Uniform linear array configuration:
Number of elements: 8
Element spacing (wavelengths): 0.75
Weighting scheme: exponential
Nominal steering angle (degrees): -45
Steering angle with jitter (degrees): -46.116
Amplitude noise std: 0.05
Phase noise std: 0.05

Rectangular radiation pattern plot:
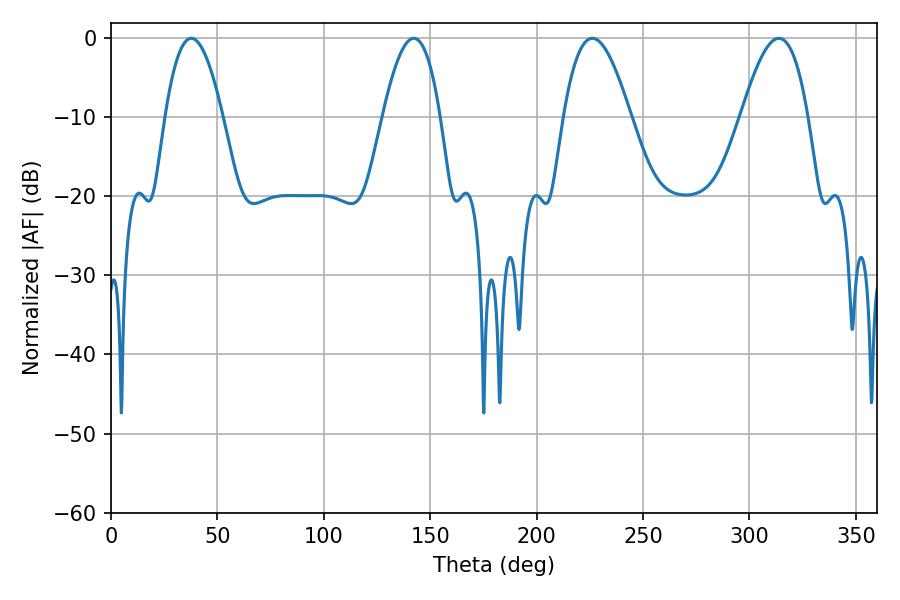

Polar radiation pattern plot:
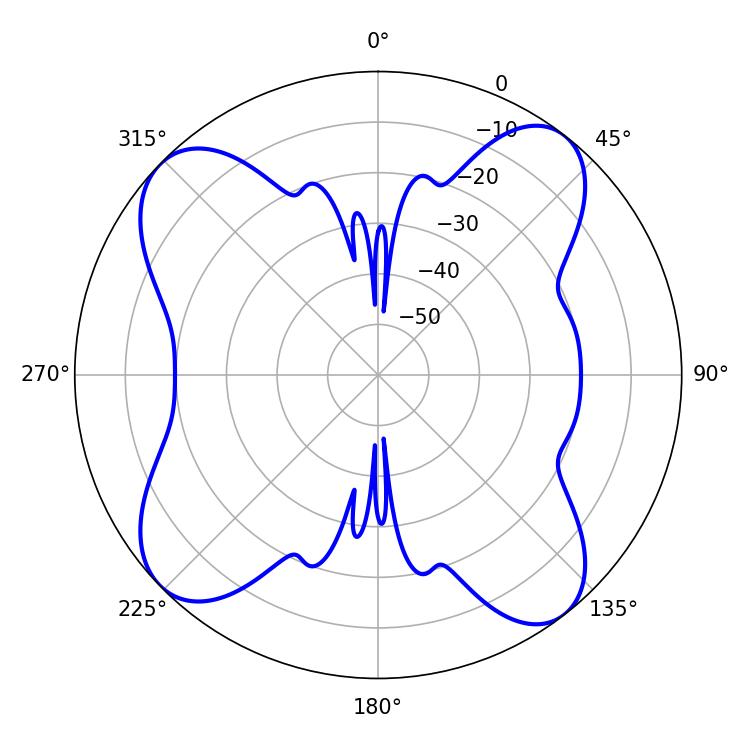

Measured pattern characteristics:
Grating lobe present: TRUE
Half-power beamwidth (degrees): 17.1
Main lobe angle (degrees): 226.26